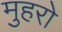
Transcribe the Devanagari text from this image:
मुहरो